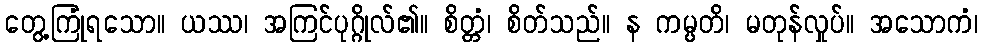
တွေ့ကြုံရသော။ ယဿ၊ အကြင်ပုဂ္ဂိုလ်၏။ စိတ္တံ၊ စိတ်သည်။ န ကမ္ပတိ၊ မတုန်လှုပ်။ အသောကံ၊